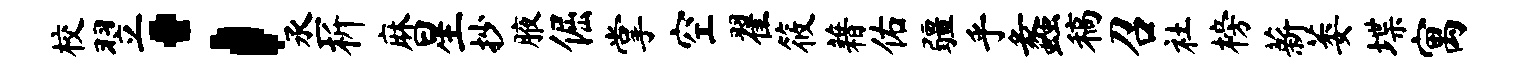
校翌；丞析麻星抄腋倔掌空翟筱藉佑疆乎蠡稿召社榜薪萎堞寓